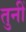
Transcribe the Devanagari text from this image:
तुनीं